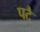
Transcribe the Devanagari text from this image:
पटै